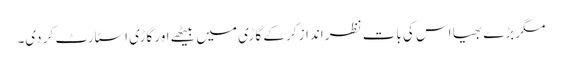
مگر بڑے بھیا اس کی بات نظر انداز کر کے گاڑی میں بیٹھے اور گاڑی اسٹارٹ کر دی۔